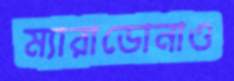
ম্যারাডোনাও